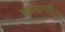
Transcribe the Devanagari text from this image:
आलापीचा